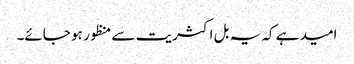
امید ہے کہ یہ بل اکثریت سے منظور ہو جائے۔